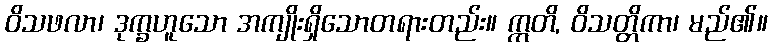
ဝိသဖလာ၊ ဒုက္ခဟူသော အကျိုးရှိသောတရားတည်း။ ဣတိ, ဝိသတ္တိကာ၊ မည်၏။